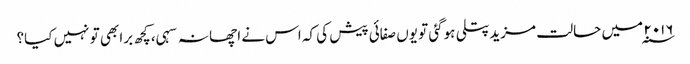
۲۰۱۶ ؁ میں حالت مزیدپتلی ہوگئی تو یوں صفائی پیش کی کہ اس نے اچھا نہ سہی، کچھ برا بھی تو نہیں کیا؟